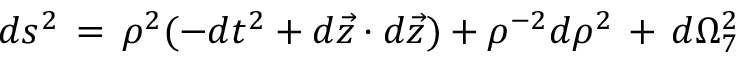
d s ^ { 2 } \, = \, \rho ^ { 2 } ( - d t ^ { 2 } + d \vec { z } \cdot d \vec { z } ) + \rho ^ { - 2 } d \rho ^ { 2 } \, + \, d \Omega _ { 7 } ^ { 2 }